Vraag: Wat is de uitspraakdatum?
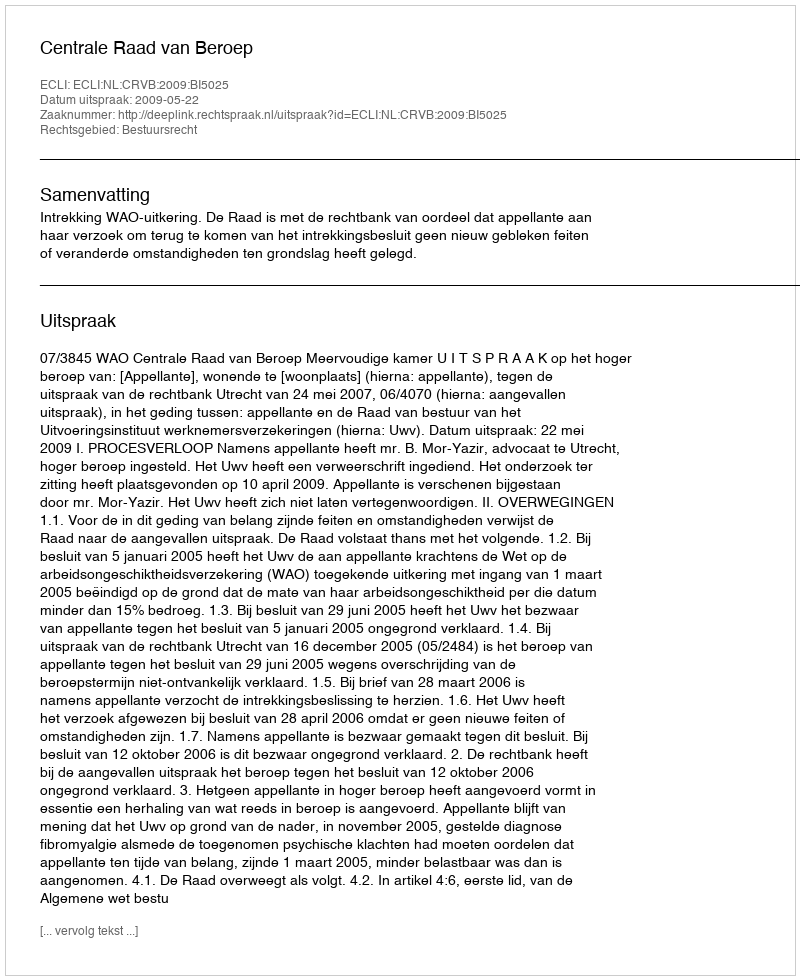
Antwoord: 2009-05-22